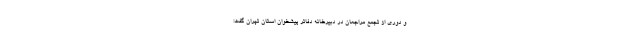
و دوری از تجمع مراجعان در دبیرخانه دفاتر پیشخوان استان تهران گفت: